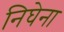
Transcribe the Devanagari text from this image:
निघेना